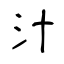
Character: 汁